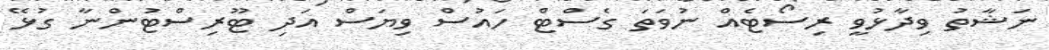
ނަޝާތު ވިދާޅުވީ ރިސޯޓެއް ނުވަތަ ގެސްޓް ހައުސް ވިޔަސް އަދި ޓޫރިސްޓުންނާ ގުޅޭ